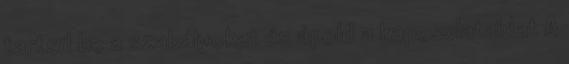
tartsd be a szabályokat és ápold a kapcsolataidat A